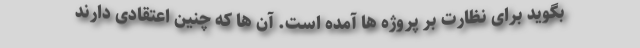
بگوید برای نظارت بر پروژه ها آمده است. آن ها که چنین اعتقادی دارند